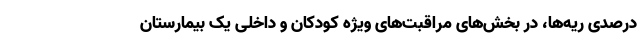
درصدی ریه‌ها، در بخش‌های مراقبت‌های ویژه کودکان و داخلی یک بیمارستان